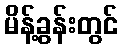
မိန့်ခွန်းတွင်